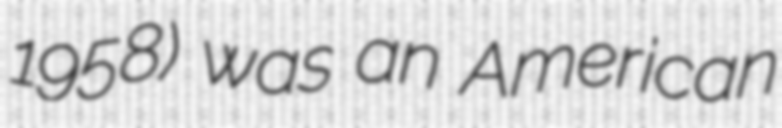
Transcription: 1958) was an American